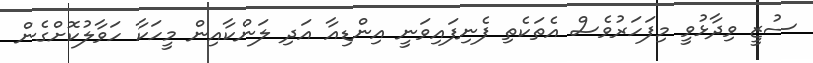
ސުޒީ ވިދާޅުވީ މިފަހަރުވެސް އެތަކެތި ފެނިފައިވަނީ އިންޑިއާ އަދި ލަންކާއިން މީހަކާ ހަވާލުކޮށްގެން